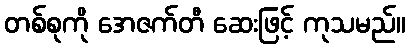
တစ်စုကို အေဇက်တီ ဆေးဖြင့် ကုသမည်။